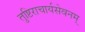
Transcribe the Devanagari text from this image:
तुष्टिराचार्यसेवनम्